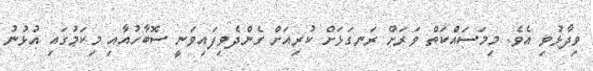
ވިދާޅުވި އެވެ. މިމަސައްކަތް ވަރަށް ރަނގަޅަށް ކުރިއަށް ގެންދެވިފައިވަނީ ސޮބާހުއާއި މިކަމުގައި އުޅުނު